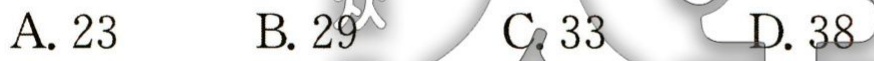
A. 23

B. 29

C. 33

D. 38